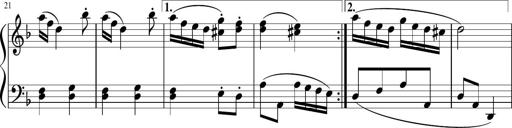
Title: 12 Keyboard Sonatinas
Composer: James Hook